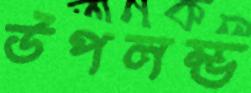
উপলম্ভ